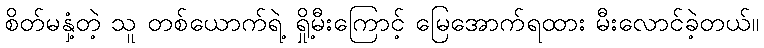
စိတ်မနှံ့တဲ့ သူ တစ်ယောက်ရဲ့ ရှို့မီးကြောင့် မြေအောက်ရထား မီးလောင်ခဲ့တယ်။